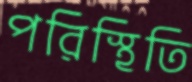
পরিস্থিতি